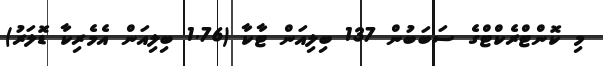
މި ކޮންޓްރެކްޓްގެ ސަބަބުން 137 ބިލިއަން ޓާކާ (1.76 ބިލިއަން އެމެރިކާ ޑޮލަރު)